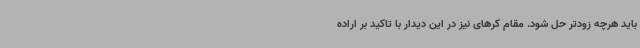
باید هرچه زودتر حل شود. مقام کرهای نیز در این دیدار با تاکید بر اراده